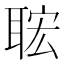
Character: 𦕹